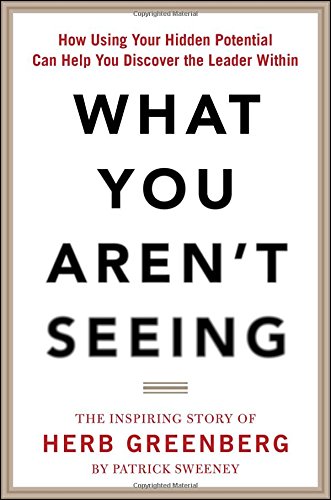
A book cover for What You Aren't Seeing: How Using Your Hidden Potential Can Help You Discover the Leader Within, The Inspiring Story of Herb Greenberg; Patrick Sweeney; Business & Money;